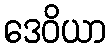
ဒေဝိယာ